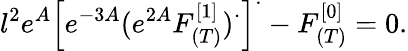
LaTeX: l^{2}e^{A}\left[e^{-3A}(e^{2A}F_{(T)}^{[1]})^{\cdot}\right]^{\cdot}-F_{(T)}^{[0]}=0.